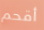
أقحم